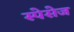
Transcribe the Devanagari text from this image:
स्पेसेज